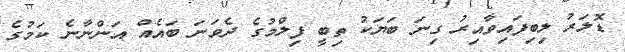
ޑޮލަރު ލިބިފައިވާއިރު ގިނަ ބަޔަކު ތިބީ ފިލްމުގެ ދެވަނަ ބައެއް އަންނާނެ ކަމުގެ